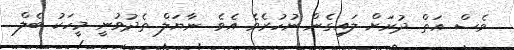
ވެސް އަތް ދުރަށް ލައިގެން ނުހުރެވެ އެވެ. ނާޔަލް ތެދުވުނީ މީހަކު ބެލް